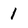
Character: 1